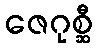
ဇေဂုစ္ဆီ